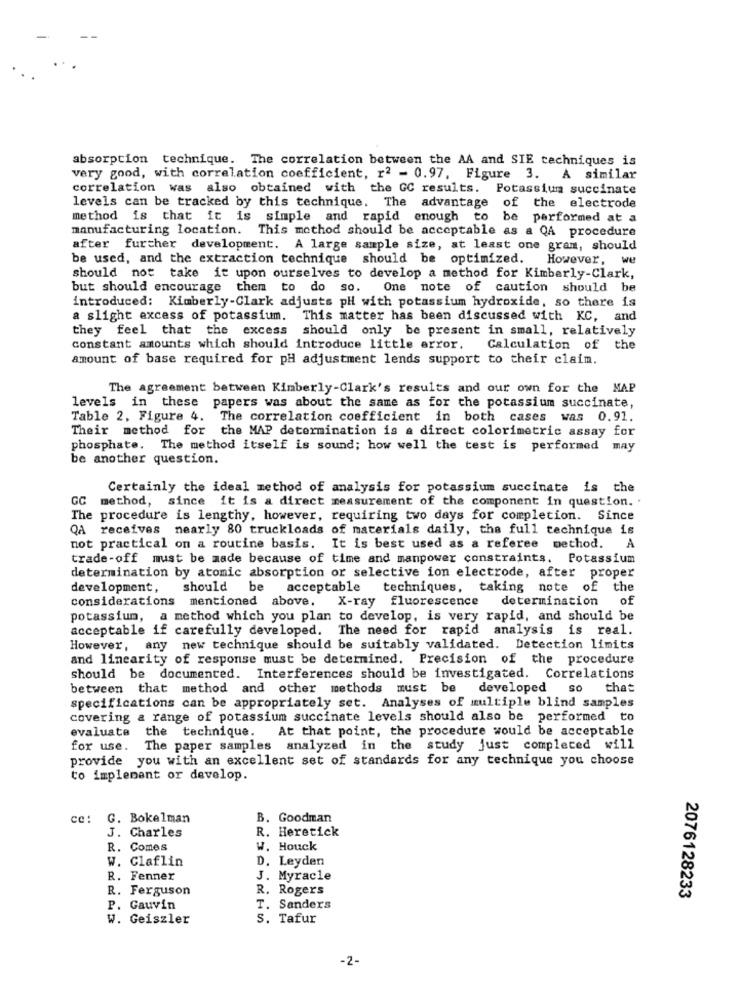
absorption technique. The correlation between the AA and SIE techniques is
very good, with correlation coefficient, r2 - 0.97, Figure 3. A similar
correlation was also obtained with the GC results. Potassium succinate
levels can be tracked by this technique. The advantage of the electrode
method is that it is simple and rapid enough to be performed at a
manufacturing location. This method should be acceptable as a QA procedure
after further development. A large sample size, at least one gram, should
be used, and the extraction technique should be optimized.
However, we
should not take it upon ourselves to develop a method for Kimberly-Clark,
but should encourage them to do so.
One note of caution should be
introduced: Kimberly-Clark adjusts pH with potassium hydroxide, so there is
a slight excess of potassium. This matter has been discussed with KC, and
they feel that the excess should only be present in small, relatively
constant amounts which should introduce little error.
Calculation of the
amount of base required for pH adjustment lends support to their claim.
The agreement between Kimberly-Clark's results and our own for the MAP
levels in these papers was about the same as for the potassium succinate,
Table 2, Figure 4. The correlation coefficient in both cases was 0.91.
Their method for the MAP determination is a direct colorimetric assay for
phosphate. The method itself is sound; how well the test is performed may
be another question.
Certainly the ideal method of analysis for potassium succinate is the
GC method, since it is a direct measurement of the component in question. .
The procedure is lengthy, however, requiring two days for completion. Since
QA receives nearly 80 truckloads of materials daily, the full technique is
A
not practical on a routine basis. It is best used as a referee method.
trade-off must be made because of time and manpower constraints. Potassium
determination by atomic absorption or selective ion electrode, after proper
development,
should be
acceptable techniques, taking note of the
considerations mentioned above. X-ray fluorescence determination
of
potassium, a method which you plan to develop, is very rapid, and should be
acceptable if carefully developed. The need for rapid analysis is real.
However, any new technique should be suitably validated. Detection limits
and linearity of response must be determined. Precision of the procedure
should be documented. Interferences should be investigated. Correlations
between that method and other methods must be
developed so
that
specifications can be appropriately set. Analyses of multiple blind samples
covering a range of potassium succinate levels should also be performed to
evaluate the technique.
At that point, the procedure would be acceptable
for use. The paper samples analyzed in the study just completed will
provide you with an excellent set of standards for any technique you choose
to implement or develop.
ce:
G. Bokelman
B. Goodman
J. Charles
R. Heretick
R. Comes
W. Houck
W. Claflin
D. Leyden
R. Fenner
J. Myracle
R. Ferguson
R. Rogers
2076128233
P. Gauvin
T. Sanders
W. Geiszler
S. Tafur
-2-